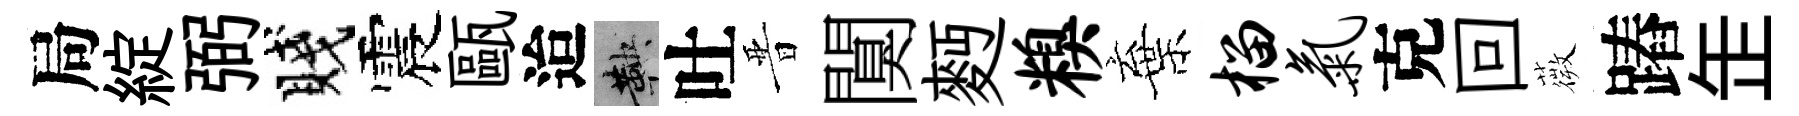
局綻弼賤震甌迨鞅吐晋闃麪糗棄榴气克回薇蹖𦈢